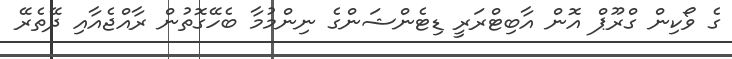
ގެ ވޯކިން ގްރޫޕް އޮން އާބިޓްރަރީ ޑިޓެންޝަންގެ ނިންމުމާ ބެހޭގޮތުން ރާއްޖެއާއި ދޭތެރޭ